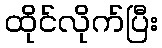
ထိုင်လိုက်ပြီး